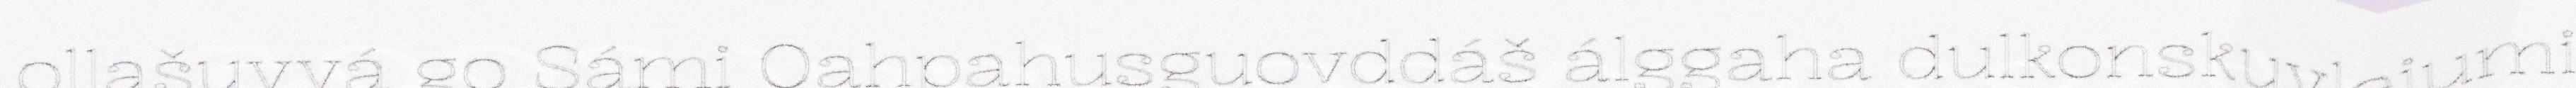
ollašuvvá go Sámi Oahpahusguovddáš álggaha dulkonskuvlejumi